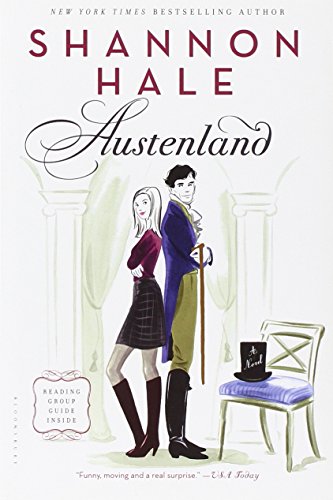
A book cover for Austenland: A Novel; Shannon Hale; Romance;